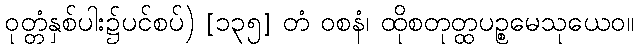
ဝုတ္တံနှစ်ပါး၌ပင်စပ်) [၁၃၅] တံ ဝစနံ၊ ထိုစတုတ္ထပဉ္စမေသုယေဝ။